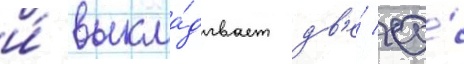
и́ выкла́дывает дв'е́ ео́